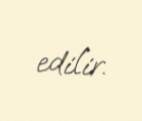
edilir.